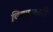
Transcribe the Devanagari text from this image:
विष्णुलहरी